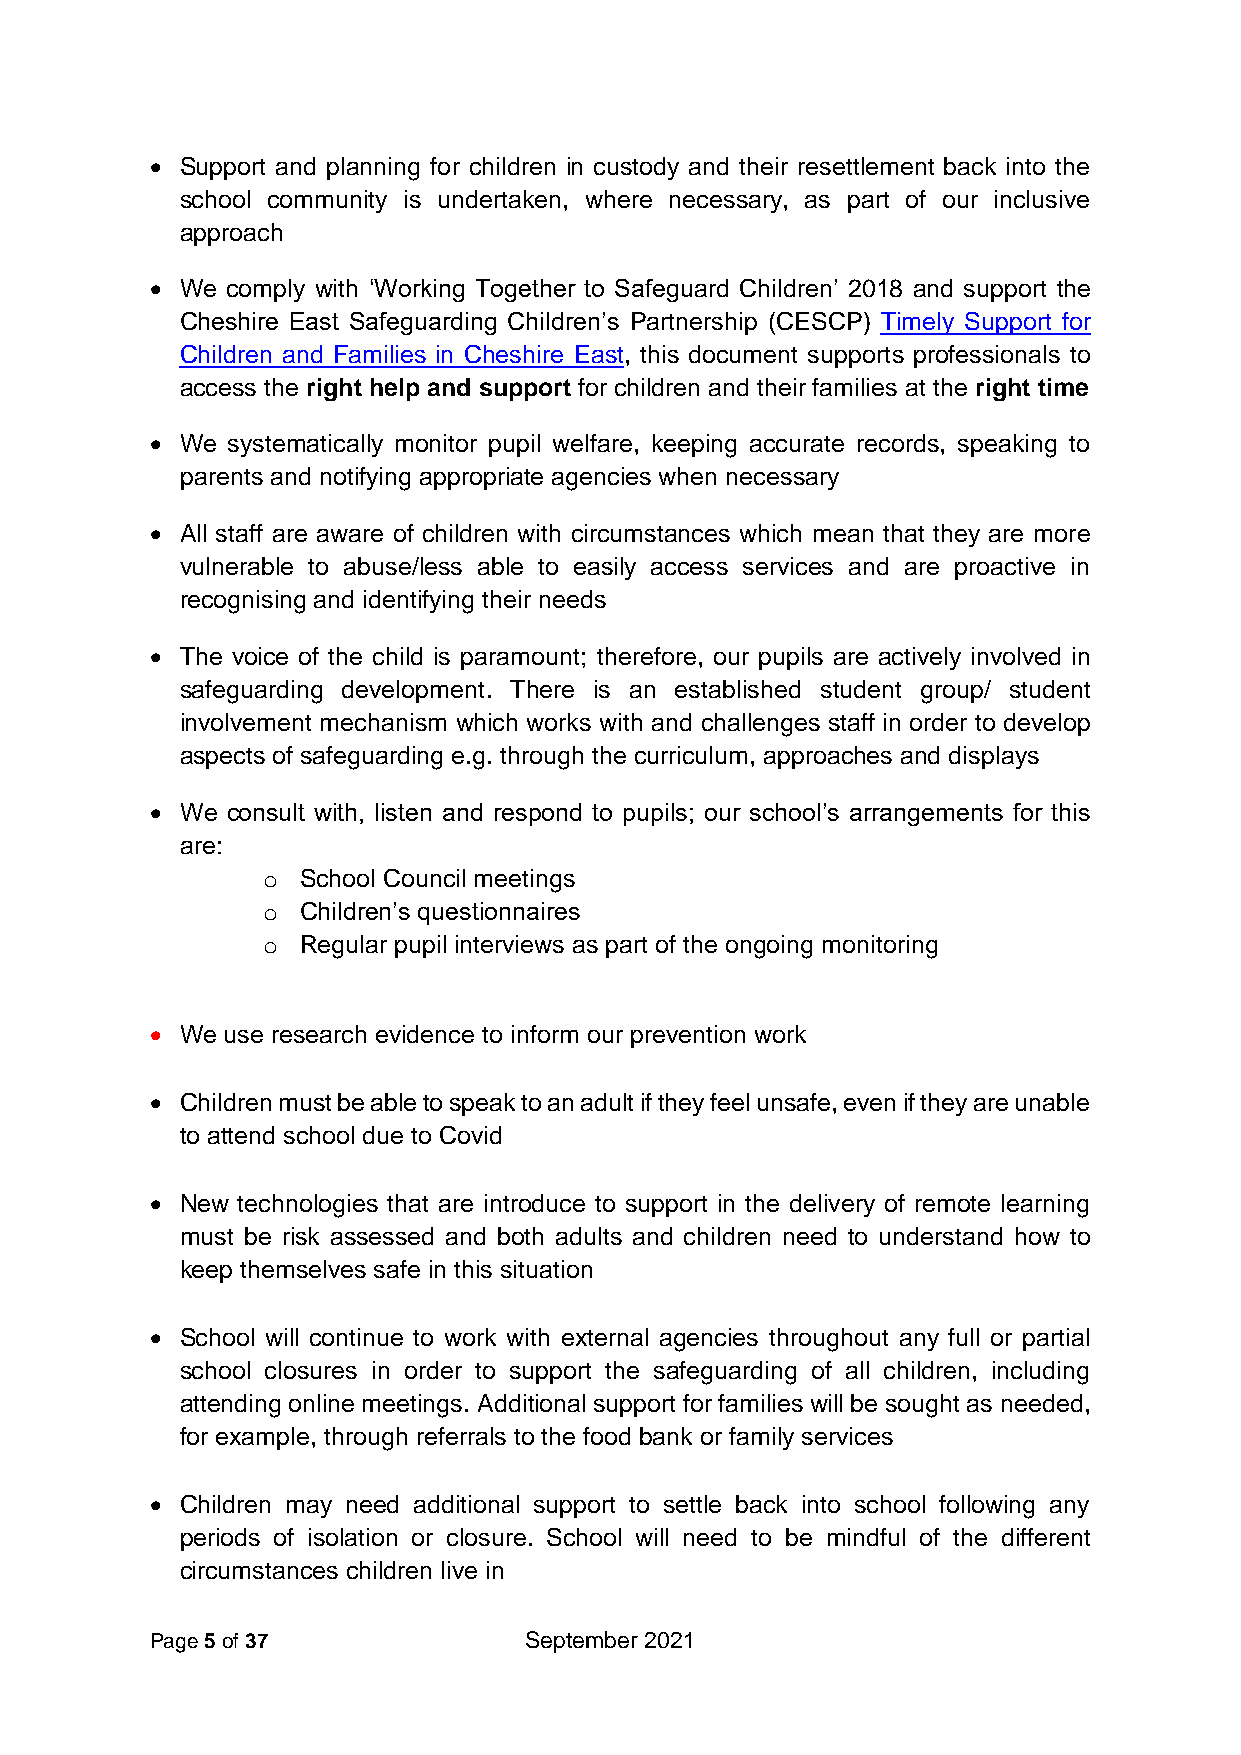
• Support and planning for children in custody and their resettlement back into the
 school community is undertaken, where necessary, as part of our inclusive
 approach
 • We comply with ‘Working Together to Safeguard Children’ 2018 and support the
 Cheshire East Safeguarding Children’s Partnership (CESCP) Timely Support for
 Children and Families in Cheshire East, this document supports professionals to
 access the right help and support for children and their families at the right time
 • We systematically monitor pupil welfare, keeping accurate records, speaking to
 parents and notifying appropriate agencies when necessary
 • All staff are aware of children with circumstances which mean that they are more
 vulnerable to abuse/less able to easily access services and are proactive in
 recognising and identifying their needs
 • The voice of the child is paramount; therefore, our pupils are actively involved in
 safeguarding development. There is an established student group/ student
 involvement mechanism which works with and challenges staff in order to develop
 aspects of safeguarding e.g. through the curriculum, approaches and displays
 • We consult with, listen and respond to pupils; our school’s arrangements for this
 are:
 o  School Council meetings
 o  Children’s questionnaires
 o  Regular pupil interviews as part of the ongoing monitoring
 • We use research evidence to inform our prevention work
 • Children must be able to speak to an adult if they feel unsafe, even if they are unable
 to attend school due to Covid
 • New technologies that are introduce to support in the delivery of remote learning
 must be risk assessed and both adults and children need to understand how to
 keep themselves safe in this situation
 • School will continue to work with external agencies throughout any full or partial
 school closures in order to support the safeguarding of all children, including
 attending online meetings. Additional support for families will be sought as needed,
 for example, through referrals to the food bank or family services
 • Children may need additional support to settle back into school following any
 periods of isolation or closure. School will need to be mindful of the different
 circumstances children live in
 Page 5 of 37             September 2021